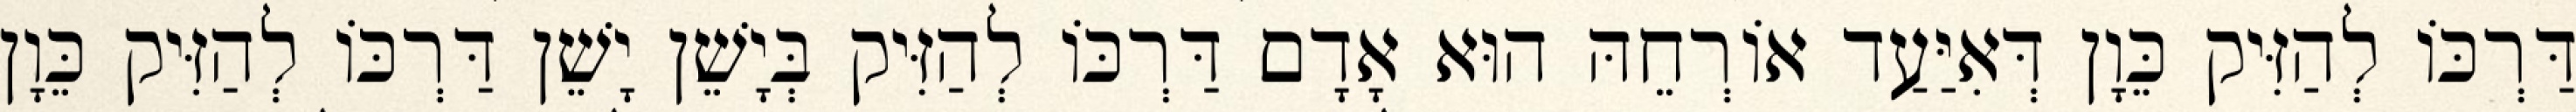
דַּרְכּוֹ לְהַזִּיק כֵּוָן דְּאִיַּעַד אוֹרְחֵהּ הוּא אָדָם דַּרְכּוֹ לְהַזִּיק בְּיָשֵׁן יָשֵׁן דַּרְכּוֹ לְהַזִּיק כֵּוָן